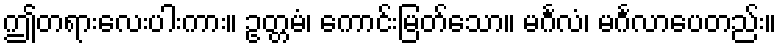
ဤတရားလေးပါးကား။ ဥတ္တမံ၊ ကောင်းမြတ်သော။ မင်္ဂလံ၊ မင်္ဂလာပေတည်း။